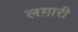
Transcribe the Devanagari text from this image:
लग़ारी